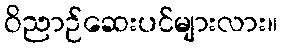
ဝိညာဉ်ဆေးပင်များလား။